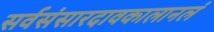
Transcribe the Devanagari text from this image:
सर्वसंसारदावकालानलं